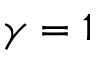
\gamma = 1